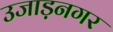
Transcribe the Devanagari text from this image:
उजाड़नगर